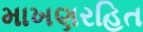
માખણરહિત